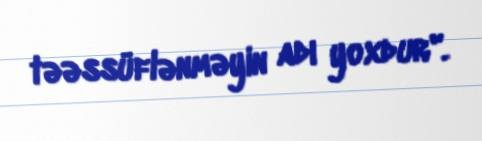
təəssüflənməyin adı yoxdur".